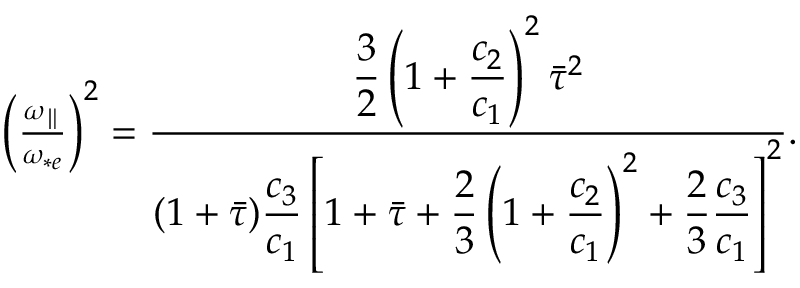
\begin{array} { r } { \left( \frac { { \omega _ { \parallel } } } { \omega _ { * e } } \right) ^ { 2 } = \frac { \displaystyle \frac { 3 } { 2 } \left( 1 + \frac { c _ { 2 } } { c _ { 1 } } \right) ^ { 2 } \bar { \tau } ^ { 2 } } { \displaystyle ( 1 + \bar { \tau } ) \frac { c _ { 3 } } { c _ { 1 } } \left[ 1 + \bar { \tau } + \frac { 2 } { 3 } \left( 1 + \frac { c _ { 2 } } { c _ { 1 } } \right) ^ { 2 } + \frac { 2 } { 3 } \frac { c _ { 3 } } { c _ { 1 } } \right] ^ { 2 } } . } \end{array}